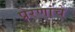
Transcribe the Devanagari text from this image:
प्रेरणांचे